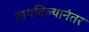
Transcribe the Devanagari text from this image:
तापविल्यानंतर